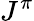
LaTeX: J^{\pi}